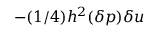
- ( 1 / 4 ) h ^ { 2 } ( \delta p ) \delta u